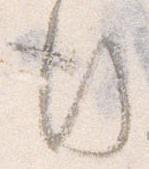
行